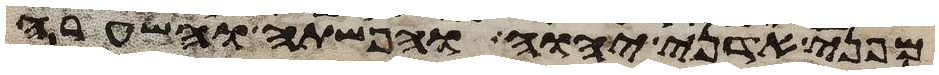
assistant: מפני אדני יהוה והפשתה והשערה